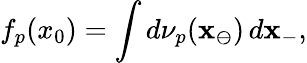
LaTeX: f_{p}(x_{0})=\int d\nu_{p}(\mathbf{x}_{\ominus})\, d\mathbf{x}_{-},